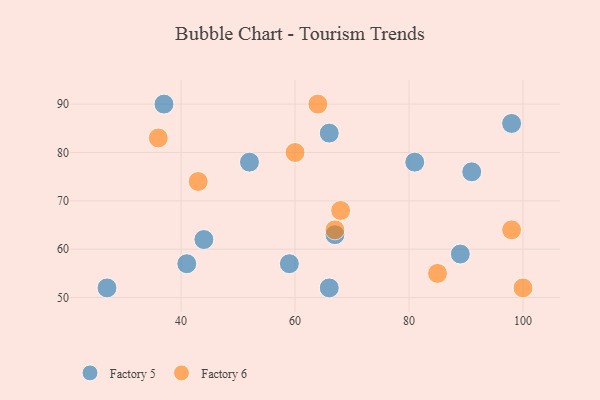
{"axis": {"x": "GDP", "y": "Life Expectancy"}, "legend": ["Factory 5", "Factory 6"], "data": [{"x": "37", "y": 90, "type": "Factory 5"}, {"x": "91", "y": 76, "type": "Factory 5"}, {"x": "81", "y": 78, "type": "Factory 5"}, {"x": "98", "y": 86, "type": "Factory 5"}, {"x": "44", "y": 62, "type": "Factory 5"}, {"x": "59", "y": 57, "type": "Factory 5"}, {"x": "27", "y": 52, "type": "Factory 5"}, {"x": "52", "y": 78, "type": "Factory 5"}, {"x": "67", "y": 63, "type": "Factory 5"}, {"x": "41", "y": 57, "type": "Factory 5"}, {"x": "89", "y": 59, "type": "Factory 5"}, {"x": "66", "y": 84, "type": "Factory 5"}, {"x": "66", "y": 52, "type": "Factory 5"}, {"x": "100", "y": 52, "type": "Factory 6"}, {"x": "43", "y": 74, "type": "Factory 6"}, {"x": "68", "y": 68, "type": "Factory 6"}, {"x": "64", "y": 90, "type": "Factory 6"}, {"x": "36", "y": 83, "type": "Factory 6"}, {"x": "85", "y": 55, "type": "Factory 6"}, {"x": "67", "y": 64, "type": "Factory 6"}, {"x": "98", "y": 64, "type": "Factory 6"}, {"x": "60", "y": 80, "type": "Factory 6"}]}